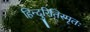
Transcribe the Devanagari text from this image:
हिन्दुरितिस्मृतः